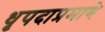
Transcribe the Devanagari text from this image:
धृपदाप्रमाणे